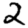
Digit: 2